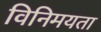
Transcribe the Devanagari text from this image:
विनिमयता